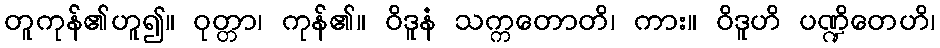
တူကုန်၏ဟူ၍။ ဝုတ္တာ၊ ကုန်၏။ ဝိဒူနံ သက္ကတောတိ၊ ကား။ ဝိဒူဟိ ပဏ္ဍိတေဟိ၊